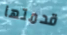
قدمتها